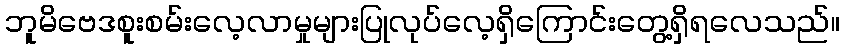
ဘူမိဗေဒစူးစမ်းလေ့လာမှုများပြုလုပ်လေ့ရှိကြောင်းတွေ့ရှိရလေသည်။